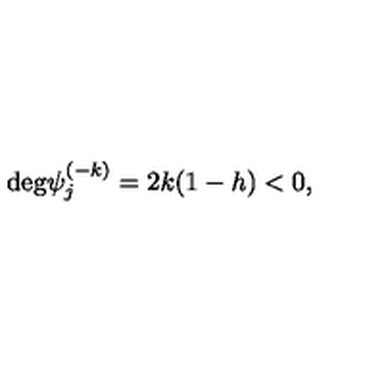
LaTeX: \mathrm { d e g } \psi _ { j } ^ { ( - k ) } = 2 k ( 1 - h ) < 0 ,